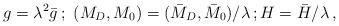
LaTeX: \begin{align*}g = \lambda^2 \bar{g}\,;\ (M_D,M_0) = (\bar{M}_D,\bar{M}_0)/\lambda\,; H = \bar{H}/\lambda \,,\end{align*}